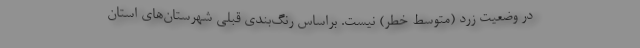
در وضعیت زرد (متوسط خطر) نیست. براساس رنگ‌بندی قبلی شهرستان‌های استان